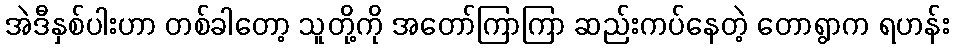
အဲဒီနှစ်ပါးဟာ တစ်ခါတော့ သူတို့ကို အတော်ကြာကြာ ဆည်းကပ်နေတဲ့ တောရွာက ရဟန်း